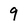
Character: 9